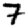
Digit: 7